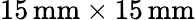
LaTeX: \mathrm{15\, mm\times 15\, mm}